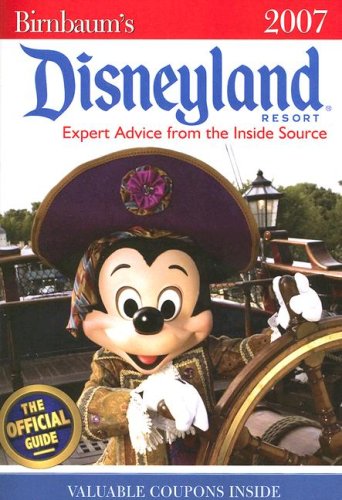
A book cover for Birnbaum's Disneyland Resort 2007: Expert Advice from the Inside Source: The Official Guide, Disney Editions: Insider Tips on How to See and Do It All; Disney Book Group; Teen & Young Adult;